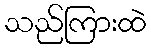
သည်ကြားထဲ